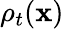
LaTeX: \rho_{t}(\mathbf{x})